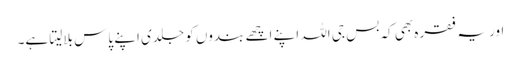
اور یہ فقرہ بھی کہ بس جی اللہ اپنے اچھے بندوں کو جلدی اپنے پاس بلالیتا ہے۔